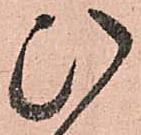
ひ